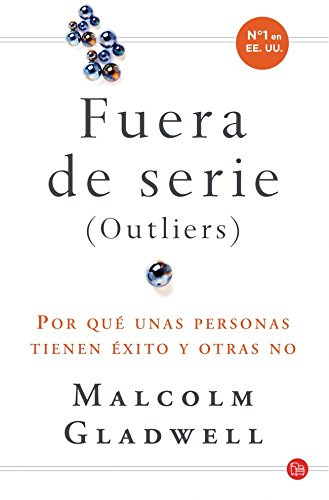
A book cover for Outliers (Fuera de serie) (Spanish Edition); Malcolm Gladwell; Medical Books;